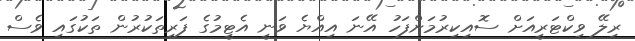
ރިލޭ ވިކްޓަރީއަށް ސޮއިކިރުމަށްފަހު އޭނަ އިއްޔެ ވަނީ އެޓީމުގެ ފަރިތަކުރުން ތަކުގައި ވެސް